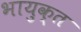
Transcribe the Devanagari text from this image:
भायुक्त